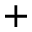
+